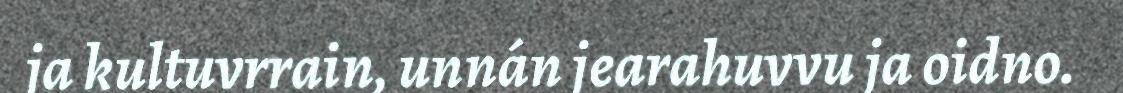
ja kultuvrrain, unnán jearahuvvu ja oidno.